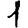
Digit: 1